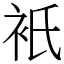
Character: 衹